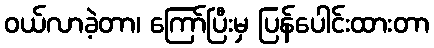
ဝယ်လာခဲ့တာ၊ ကြော်ပြီးမှ ပြန်ပေါင်းထားတာ